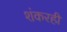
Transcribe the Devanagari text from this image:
शंकरही